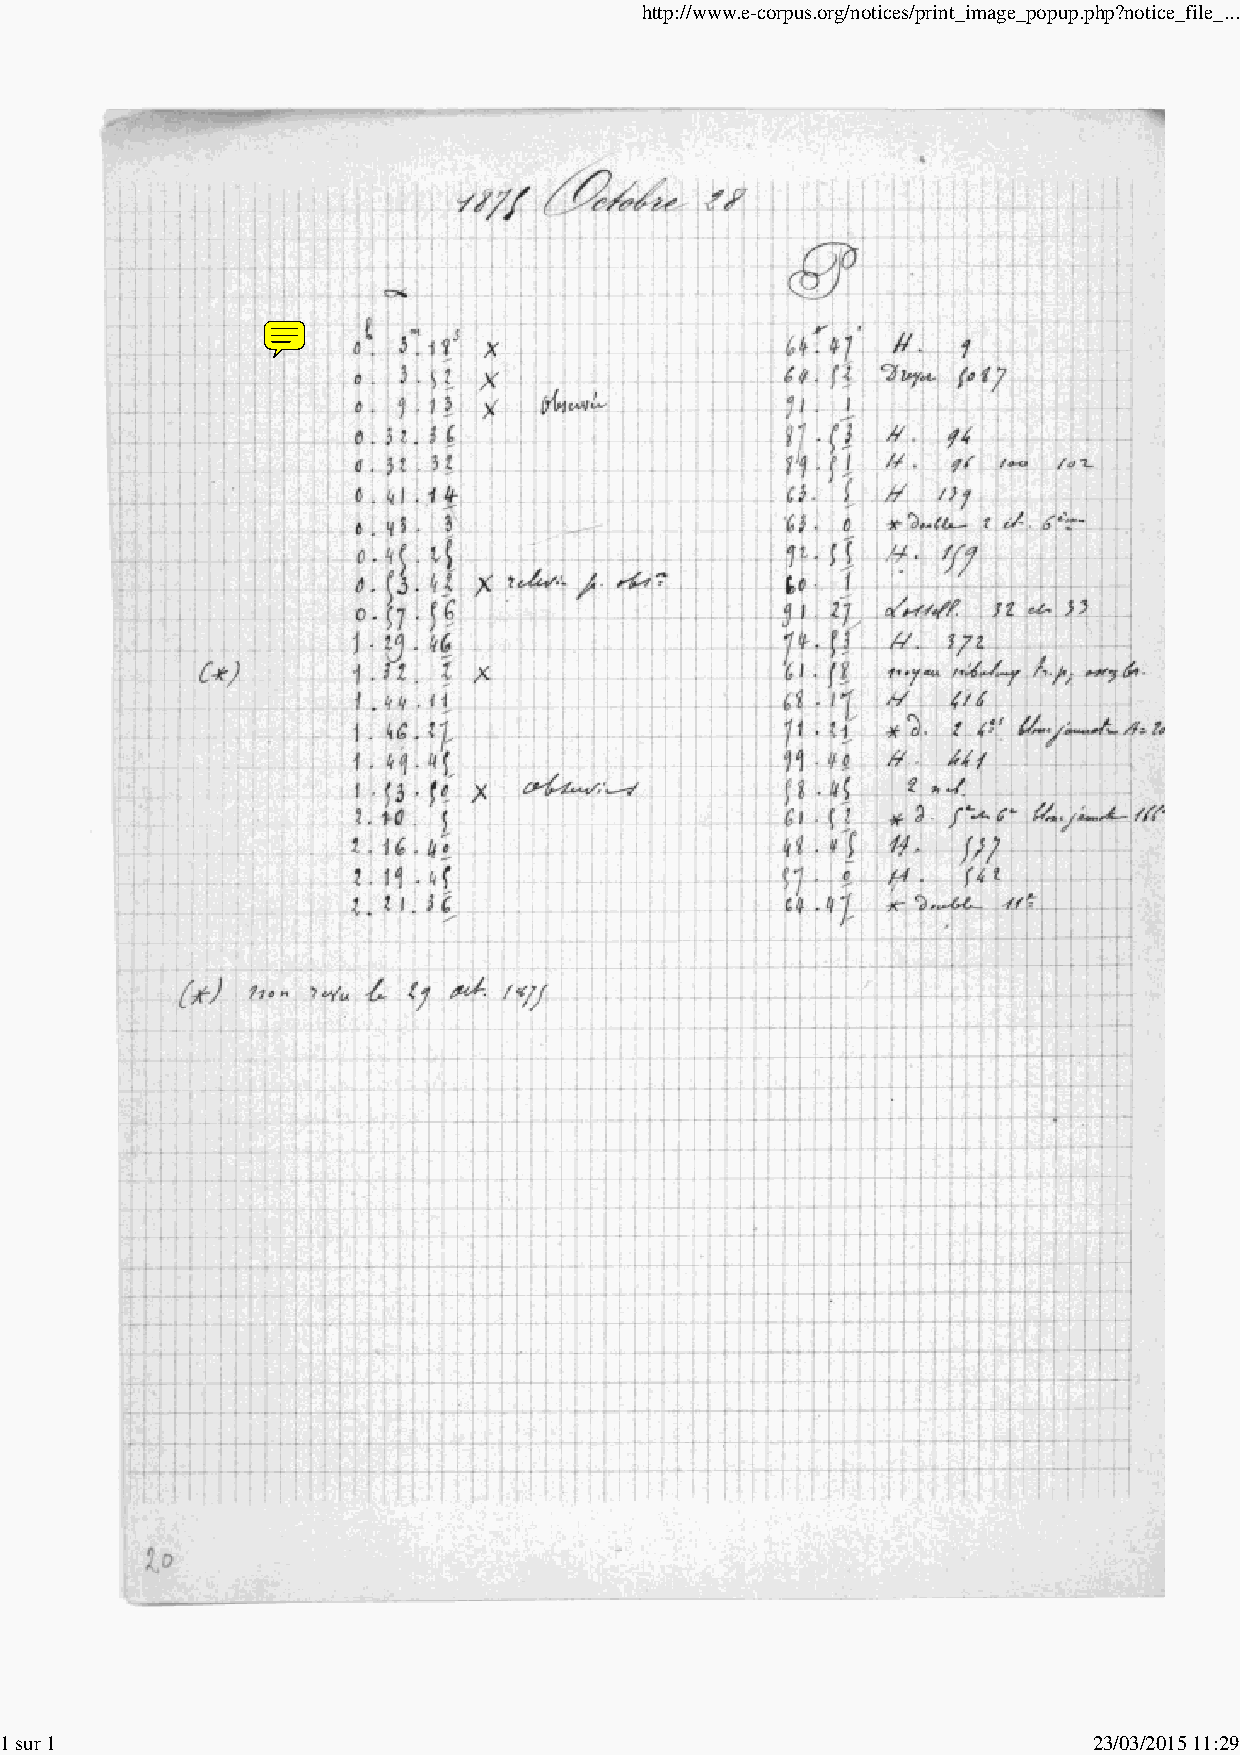
http://www.e-corpus.org/notices/print_image_popup.php?notice_file_...
 1 sur 1                                                                 23/03/2015 11:29